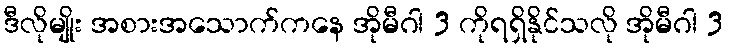
ဒီလိုမျိုး အစားအသောက်ကနေ အိုမီဂါ 3 ကိုရရှိနိုင်သလို အိုမီဂါ 3